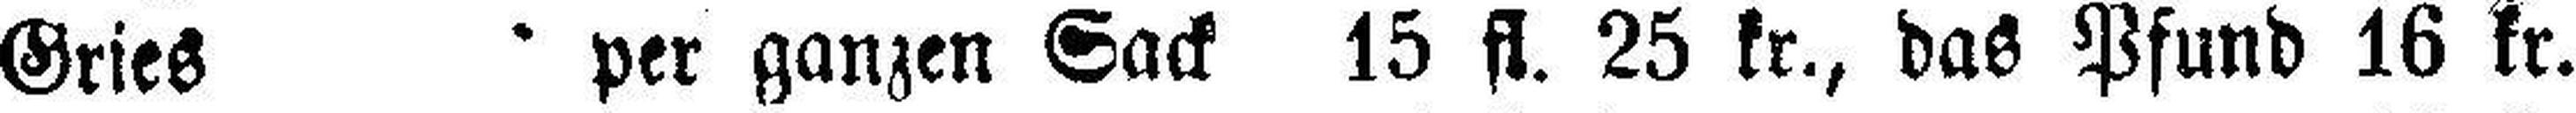
Gries per ganzen Sack 15 fl. 25 kr., das Pfund 16 kr.